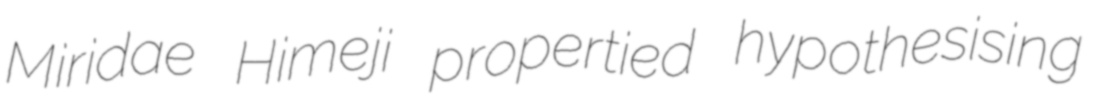
Miridae Himeji propertied hypothesising